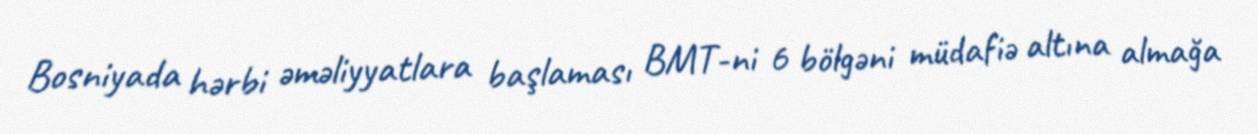
Bosniyada hərbi əməliyyatlara başlaması BMT-ni 6 bölgəni müdafiə altına almağa